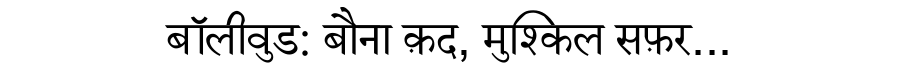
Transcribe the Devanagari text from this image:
बॉलीवुड: बौना क़द, मुश्किल सफ़र...